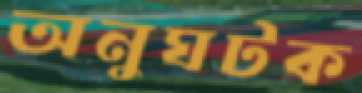
অনুঘটক